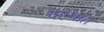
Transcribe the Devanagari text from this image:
देहपात